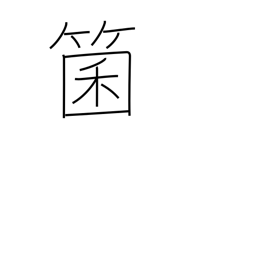
Meaning: dice